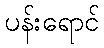
ပန်းရောင်